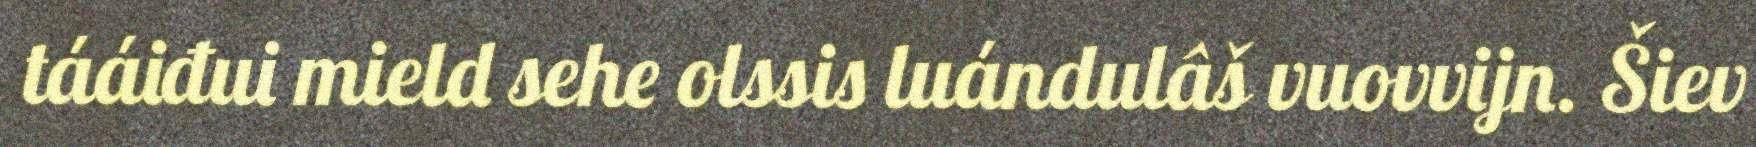
tááiđui mield sehe olssis luándulâš vuovvijn. Šiev